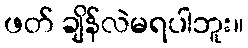
ဖတ် ချိန်လဲမရပါဘူး။